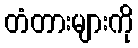
တံတားများကို